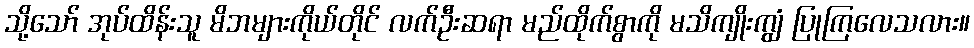
သို့သော် အုပ်ထိန်းသူ မိဘများကိုယ်တိုင် လက်ဦးဆရာ မည်ထိုက်စွာကို မသိကျိုးကျွံ ပြုကြလေသလား။